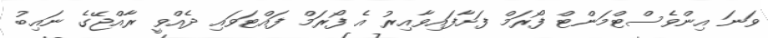
ވަނަ އިންވެސްޓްމަންޓް ފޯރަމް ފަށާފައިވާއިރު އެ ފޯރަމް ފައްޓަވައި ދެއްވީ ރާއްޖޭގެ ނައިބު